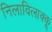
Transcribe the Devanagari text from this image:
निलाविलाक्कू